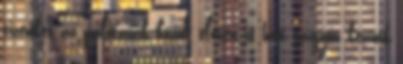
tizenkét az palotaiak közül; eleven is hat vagyon kezünk